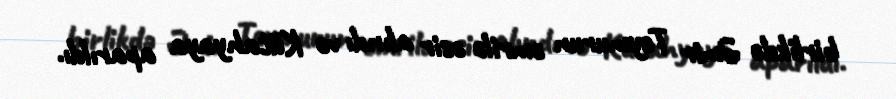
birlikdə Əmir Teymurun əmrilə əsir alındı və Kütahyaya aparıldı.